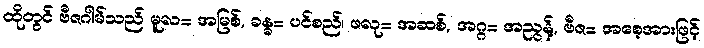
ထိုတွင် ဗီဇဂါမ်သည် မူလ= အမြစ်, ခန္ဓ= ပင်စည်၊ ဖလု= အဆစ်, အဂ္ဂ= အညွန့်, ဗီဇ= အစေ့အားဖြင့်